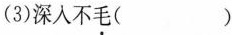
(3)深入不毛( )